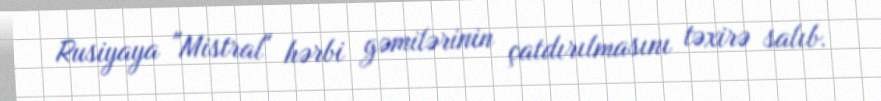
Rusiyaya "Mistral" hərbi gəmilərinin çatdırılmasını təxirə salıb.